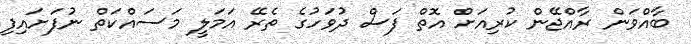
ބާއްވަން ރާއްޖޭން ކުރިއަށް އޮތް ފަސް ދުވަހުގެ ތެރޭ އަމަލީ މަސައްކަތް ނުފަށައިފި